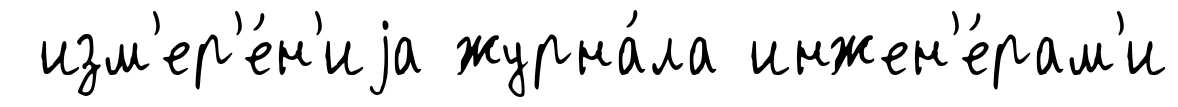
изм'ер'е́н'иjа журна́ла инжен'е́рам'и